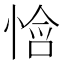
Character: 𫺧